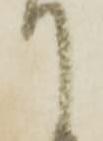
て